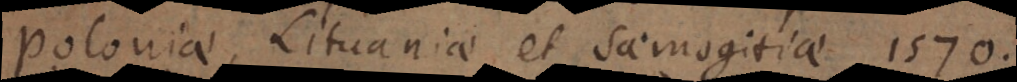
Poloniae, Lituaniae et Samogitiae 1570.